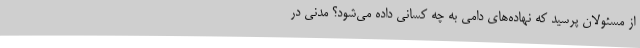
از مسئولان پرسید که نهاده‌های دامی به چه کسانی داده می‌شود؟ مدنی در